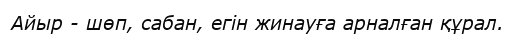
Айыр - шөп, сабан, егін жинауға арналған құрал.